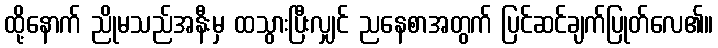
ထို့နောက် ညိုမသည်အနီးမှ ထသွားပြီးလျှင် ညနေစာအတွက် ပြင်ဆင်ချက်ပြုတ်လေ၏။